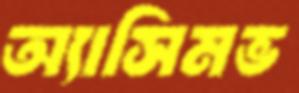
অ্যাসিমভ